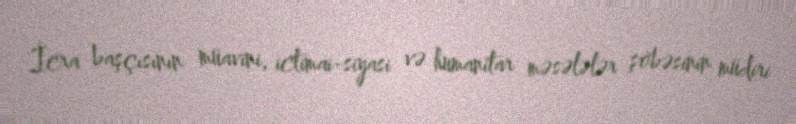
İcra başçısının müavini, ictimai-siyasi və humanitar məsələlər şöbəsinin müdiri